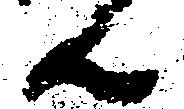
ん